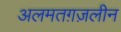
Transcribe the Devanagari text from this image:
अलमतग़ज़लीन